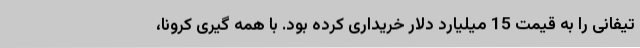
تیفانی را به قیمت 15 میلیارد دلار خریداری کرده بود. با همه گیری کرونا،